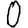
Digit: 0